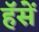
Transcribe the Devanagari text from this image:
हॅसें